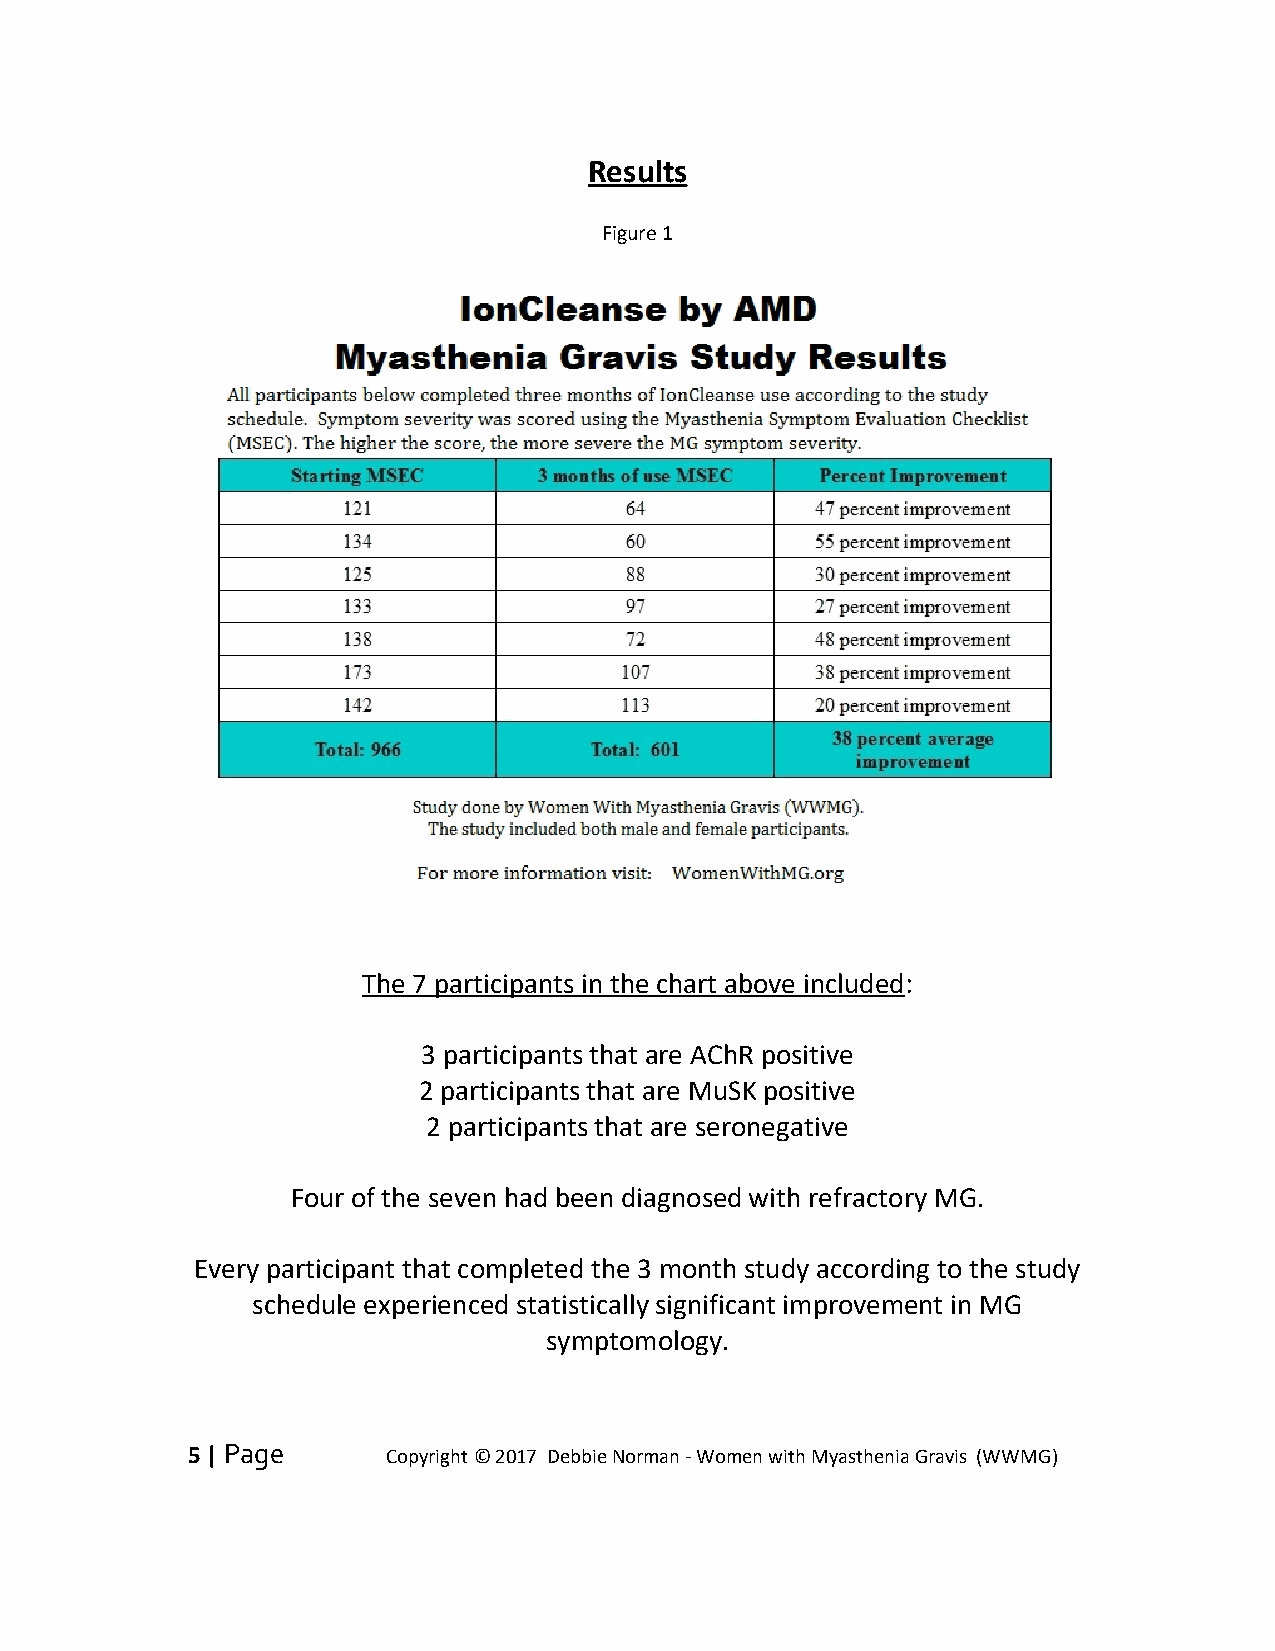
Results
 Figure 1
 The 7 participants in the chart above included:
 3 participants that are AChR positive
 2 participants that are MuSK positive
 2 participants that are seronegative
 Four of the seven had been diagnosed with refractory MG.
 Every participant that completed the 3 month study according to the study
 schedule experienced statistically significant improvement in MG
 symptomology.
 5 | Page      Copyright © 2017 Debbie Norman - Women with Myasthenia Gravis (WWMG)